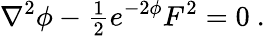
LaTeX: \nabla^{2}\phi-{\textstyle\frac{1}{2}}e^{-2\phi}F^{2}=0\ .